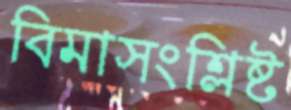
বিমাসংশ্লিষ্ট